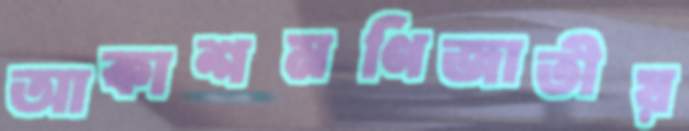
আকাশমণিজাতীয়